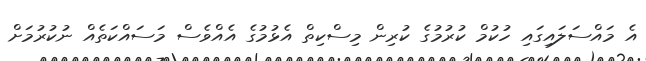
އެ މައްސަލައިގައި ހުކުމް ކުރުމުގެ ކުރިން މިސްކިތް އެޅުމުގެ އެއްވެސް މަސައްކަތެއް ނުކުރުމަށް